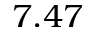
7 . 4 7